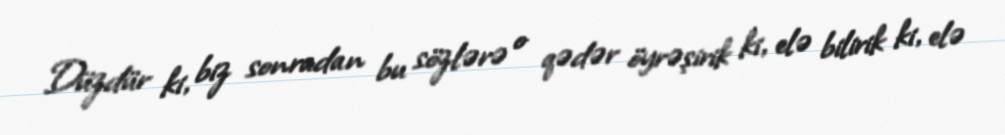
Düzdür ki, biz sonradan bu sözlərə o qədər öyrəşirik ki, elə bilirik ki, elə